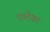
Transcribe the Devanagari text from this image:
एज़्टेका